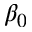
\beta _ { 0 }